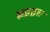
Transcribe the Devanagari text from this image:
ब्रहद्रत्त